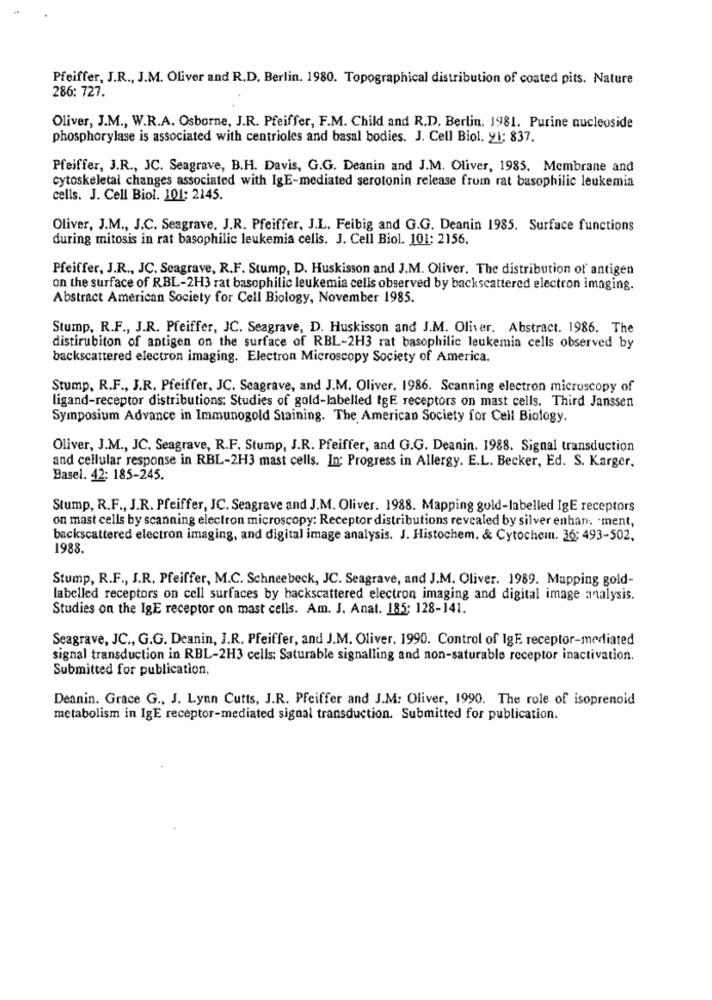
Pfeiffer, J.R ., J.M. Oliver and R.D. Berlin. 1980. Topographical distribution of coated pits. Nature
286: 727.
Oliver, J.M ., W.R.A. Osborne, J.R. Pfeiffer, F.M. Child and R.D, Berlin. 1981. Purine nucleoside
phosphorylase is associated with centrioles and basal bodies. J. Cell Biol, y1: 837.
Pfeiffer, J.R ., JC. Seagrave, B.H. Davis, G.G. Deanin and J.M. Oliver, 1985. Membrane and
cytoskeletal changes associated with IgE-mediated serotonin release from rat basophilic leukemia
cells. J. Cell Biol. 101: 2145.
Oliver, J.M ., J.C. Seagrave. J.R. Pfeiffer, J.L. Feibig and G.G. Deanin 1985. Surface functions
during mitosis in rat basophilic leukemia celis. J. Cell Biol. 101: 2156.
Pfeiffer, J.R ., JC. Seagrave, R.F. Stump, D. Huskisson and J.M. Oliver. The distribution of antigen
on the surface of RBL-2H3 rat basophilic leukemia cells observed by backscattered electron imaging.
Abstract American Society for Cell Biology, November 1985.
Stump, R.F ., J.R. Pfeiffer, JC. Seagrave, D. Huskisson and J.M. Oliver. Abstract. 1986. The
distirubiton of antigen on the surface of RBL-2H3 rat basophilic leukemia cells observed by
backscattered electron imaging. Electron Microscopy Society of America.
Stump, R.F ., J.R. Pfeiffer, JC. Seagrave, and J.M. Oliver. 1986. Scanning electron microscopy of
ligand-receptor distributions: Studies of gold-labelled IgE receptors on mast cells. Third Janssen
Symposium Advance in Immunogold Staining. The American Society for Cell Biology.
Oliver, J.M ., JC. Seagrave, R.F. Stump, J.R. Pfeiffer, and G.G. Deanin. 1988. Signal transduction
and cellular response in RBL-2H3 mast cells. In: Progress in Allergy. E.L. Becker, Ed. S. Karger.
Basel. 42: 185-245.
Stump, R.F ., J.R. Pfeiffer, JC. Seagrave and J.M. Oliver. 1988. Mapping gold-labelled IgE receptors
on mast cells by scanning electron microscopy: Receptor distributions revealed by silver enhan; 'ment,
backscattered electron imaging, and digital image analysis. J. Histochem, & Cytochein. 36; 493-502.
1988.
Stump, R.F ., J.R. Pfeiffer, M.C. Schneebeck, JC. Seagrave, and J.M. Oliver. 1989. Mapping gold-
labelled receptors on cell surfaces by hackscattered electron imaging and digital image analysis.
Studies on the IgE receptor on mast cells. Am. J. Anat. 185: 128-141.
Seagrave, JC ., G.G. Deanin, J.R. Pfeiffer, and J.M. Oliver. 1990. Control of IgE receptor-mediated
signal transduction in RBL-2H3 cells: Saturable signalling and non-saturable receptor inactivation.
Submitted for publication.
Deanin. Grace G ., J. Lynn Cutts, J.R. Pfeiffer and J.M: Oliver, 1990. The role of isoprenoid
metabolism in IgE receptor-mediated signal transduction. Submitted for publication.